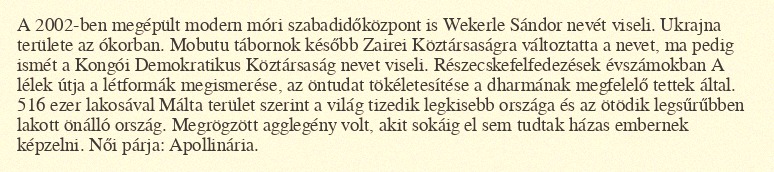
A 2002-ben megépült modern móri szabadidőközpont is Wekerle Sándor nevét viseli. Ukrajna területe az ókorban. Mobutu tábornok később Zairei Köztársaságra változtatta a nevet, ma pedig ismét a Kongói Demokratikus Köztársaság nevet viseli. Részecskefelfedezések évszámokban A lélek útja a létformák megismerése, az öntudat tökéletesítése a dharmának megfelelő tettek által. 516 ezer lakosával Málta terület szerint a világ tizedik legkisebb országa és az ötödik legsűrűbben lakott önálló ország. Megrögzött agglegény volt, akit sokáig el sem tudtak házas embernek képzelni. Női párja: Apollinária.